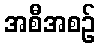
အစီအစဉ်